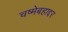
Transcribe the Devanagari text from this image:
चष्मेबहाद्दर